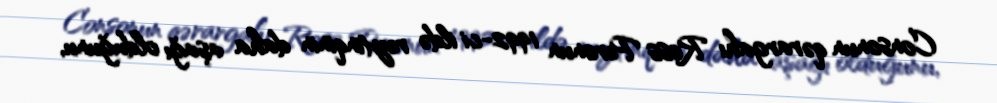
Consonun qərargahı Ross Peronun 1992-ci ildə reytinqinin daha aşağı olduğunu,